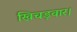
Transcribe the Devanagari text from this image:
खिचड़वार।